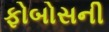
ફોબોસની